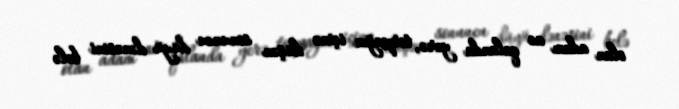
olan adam ac qalanda yerə, torpağın içinə düşən sonuncu düyü dənəsini belə